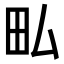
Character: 𤰜